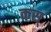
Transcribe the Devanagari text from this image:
कस्